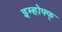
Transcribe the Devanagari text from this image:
इम्होफ्फ्